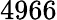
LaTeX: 4966